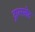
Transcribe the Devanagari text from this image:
ट्रान्स्लेट